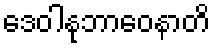
ဒေဝါနုဘာဝေနာတိ